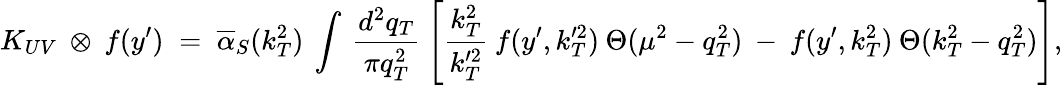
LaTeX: K_{UV}\: \otimes\: f(y^{\prime})\; =\; \overline{{{\alpha}}}_{S}(k_{T}^{2})\: \int\: \frac{d^{2}q_{T}}{\pi q_{T}^{2}}\: \left[\frac{k_{T}^{2}}{k_{T}^{\prime 2}}\: f(y^{\prime},k_{T}^{\prime 2})\: \Theta(\mu^{2}-q_{T}^{2})\: -\: f(y^{\prime},k_{T}^{2})\: \Theta(k_{T}^{2}-q_{T}^{2})\right],